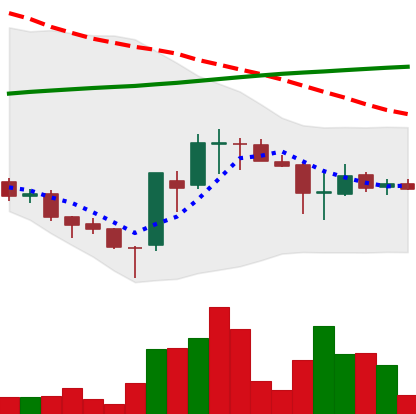
Ticker: EOS-USD
Chart end date: 2018-03-31
Forward return: 6.813%
Label: up_5_7